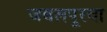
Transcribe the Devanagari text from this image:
जबलपूरचा